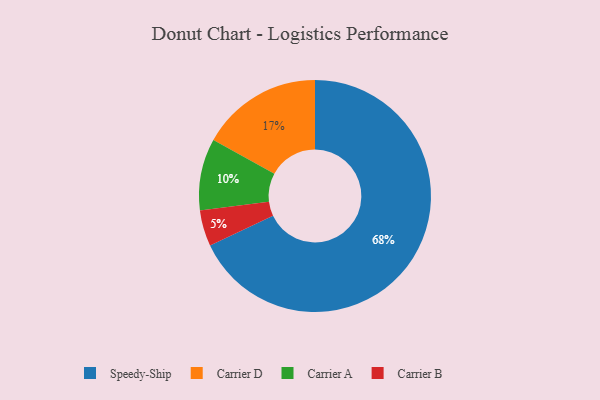
{"axis": {"x": "Category", "y": "Percentage"}, "legend": ["Carrier A", "Carrier B", "Carrier D", "Speedy-Ship"], "data": [{"x": "Carrier D", "y": 17, "type": "Carrier D"}, {"x": "Carrier B", "y": 5, "type": "Carrier B"}, {"x": "Speedy-Ship", "y": 68, "type": "Speedy-Ship"}, {"x": "Carrier A", "y": 10, "type": "Carrier A"}]}